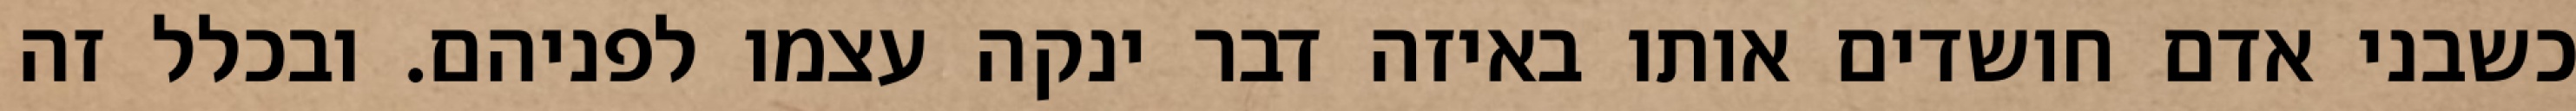
כשבני אדם חושדים אותו באיזה דבר ינקה עצמו לפניהם. ובכלל זה